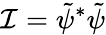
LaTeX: \mathcal{I}=\tilde{{\psi}}^{*}\tilde{{\psi}}